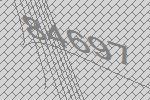
84697